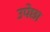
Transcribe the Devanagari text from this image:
उपेछा